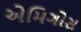
એમિગોસ